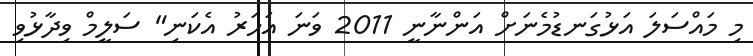
މި މައްސަލަ އަޅުގަނޑުމެނަށް އަންނާނީ 2011 ވަނަ އަހަރު އެކަނި" ސަލީމް ވިދާޅުވި